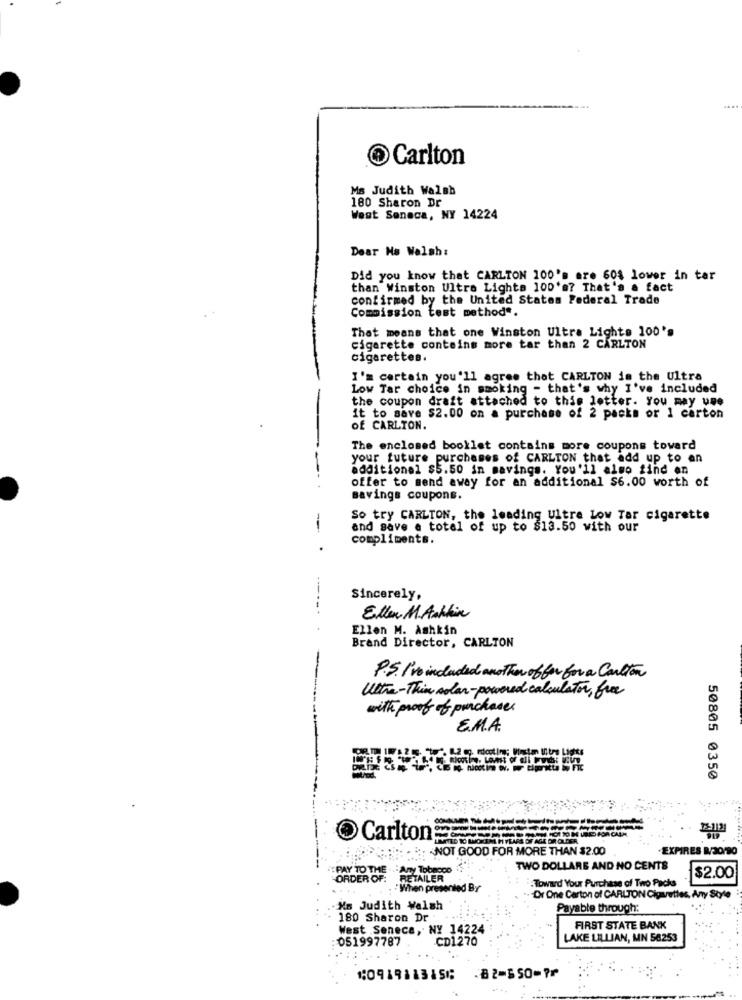
Carlton
Ms Judith Walsh
180 Sharon Dr
West Seneca, NY 14224
Dear Hs Walsh:
Did you know that CARLTON 100's are 60$ lower in tar
than Winston Ultra Lighta 100's? That's a fact
confirmed by the United States Federal Trade
Commission test method".
That means that one Winston Ultra Lights 100's
cigarette contains more tar than 2 CARLTON
cigarettes.
I'm certain you'll agree that CARLTON in the Ultra
Low Tar choice in smoking - that's why I've included
the coupon draft attached to this letter. You may une
it to save $2.00 on a purchase of 2 packs or 1 carton
of CARLTON.
The enclosed booklet contains more coupons toward
your future purchases of CARLTON that add up to an
additional $5.50 in savings. You'll also find en
offer to send away for an additional $6.00 worth of
savings coupons.
So try CARLTON, the leading Ultra Low Tar cigarette
--
and save a total of up to $13.50 with our
compliments.
Sincerely,
Ellen M. Ashkin
Ellen M. Ashkin
Brand Director, CARLTON
P.S. I've included another offer for a Carlton
Ultra-Thin solar-powered calculator, free
with proof of purchases
E.M.A.
50805 0350
Carlton
12:1121
: - NOT GOOD FOR MORE THAN $2.00
CPIRES R/20/90
TWO DOLLARS AND NO CENTS
PAY TO THE .AL
ORDER OF: RETAILER
$2.00
:When presented By
. Toward Your Purchase of Two Packs
-- Or One Carton of CARLTON Cigarettes, Any Style
Ms Judith Walsh
Payable through:
180 Sharon Dr
West Seneca, NY 14224
FIRST STATE BANK
:051997787
CD1270
LAKE LILLIAN, MN 58253
⑆091911315⑆
82-650⑉7⑈